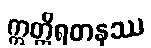
ဣတ္ထိရတနဿ